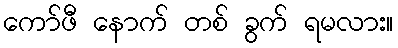
ကော်ဖီ နောက် တစ် ခွက် ရမလား။